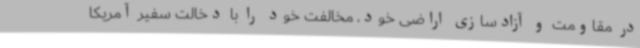
در مقاومت و آزادسازی اراضی خود، مخالفت خود را با دخالت سفیر آمریکا